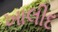
ખાલીદ